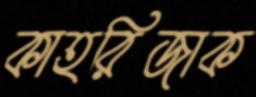
কাহরিজাক